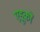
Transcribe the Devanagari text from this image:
एडूकों